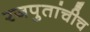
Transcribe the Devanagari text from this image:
रजपुतांचीच